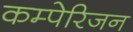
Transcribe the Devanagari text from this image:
कम्पेरिजन